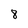
Character: 8